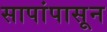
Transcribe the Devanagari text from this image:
सापांपासून